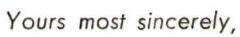
Yours most sincerely,